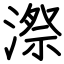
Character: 漈